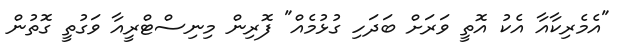
"އެމެރިކާއާ އެކު އޮތީ ވަރަށް ބަދަހި ގުޅުމެއް" ފޮރިން މިނިސްޓްރީއާ ވަގުތީ ގޮތުން